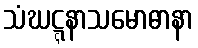
သံဃဋ္ဋနာသမောဓာနာ